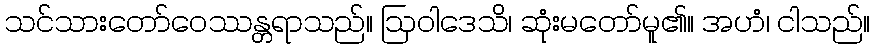
သင်သားတော်ဝေဿန္တရာသည်။ ဩဝါဒေသိ၊ ဆုံးမတော်မူ၏။ အဟံ၊ ငါသည်။